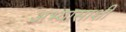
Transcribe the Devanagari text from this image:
अभ्यासाशी